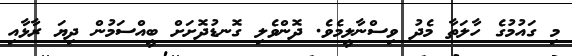
މި ގައުމުގެ ހާލަތާ މެދު ވިސްނާލީމެވެ. ދޮންވެލި ގޮނޑުދޮށަށް ބީއްސަމުން ދިޔަ ރާޅާއި